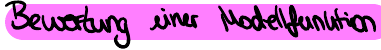
Bewertung einer Modellfunktion